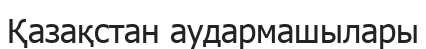
Қазақстан аудармашылары